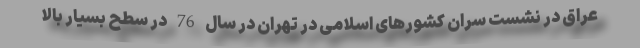
عراق در نشست سران کشورهای اسلامی در تهران در سال 76 در سطح بسیار بالا